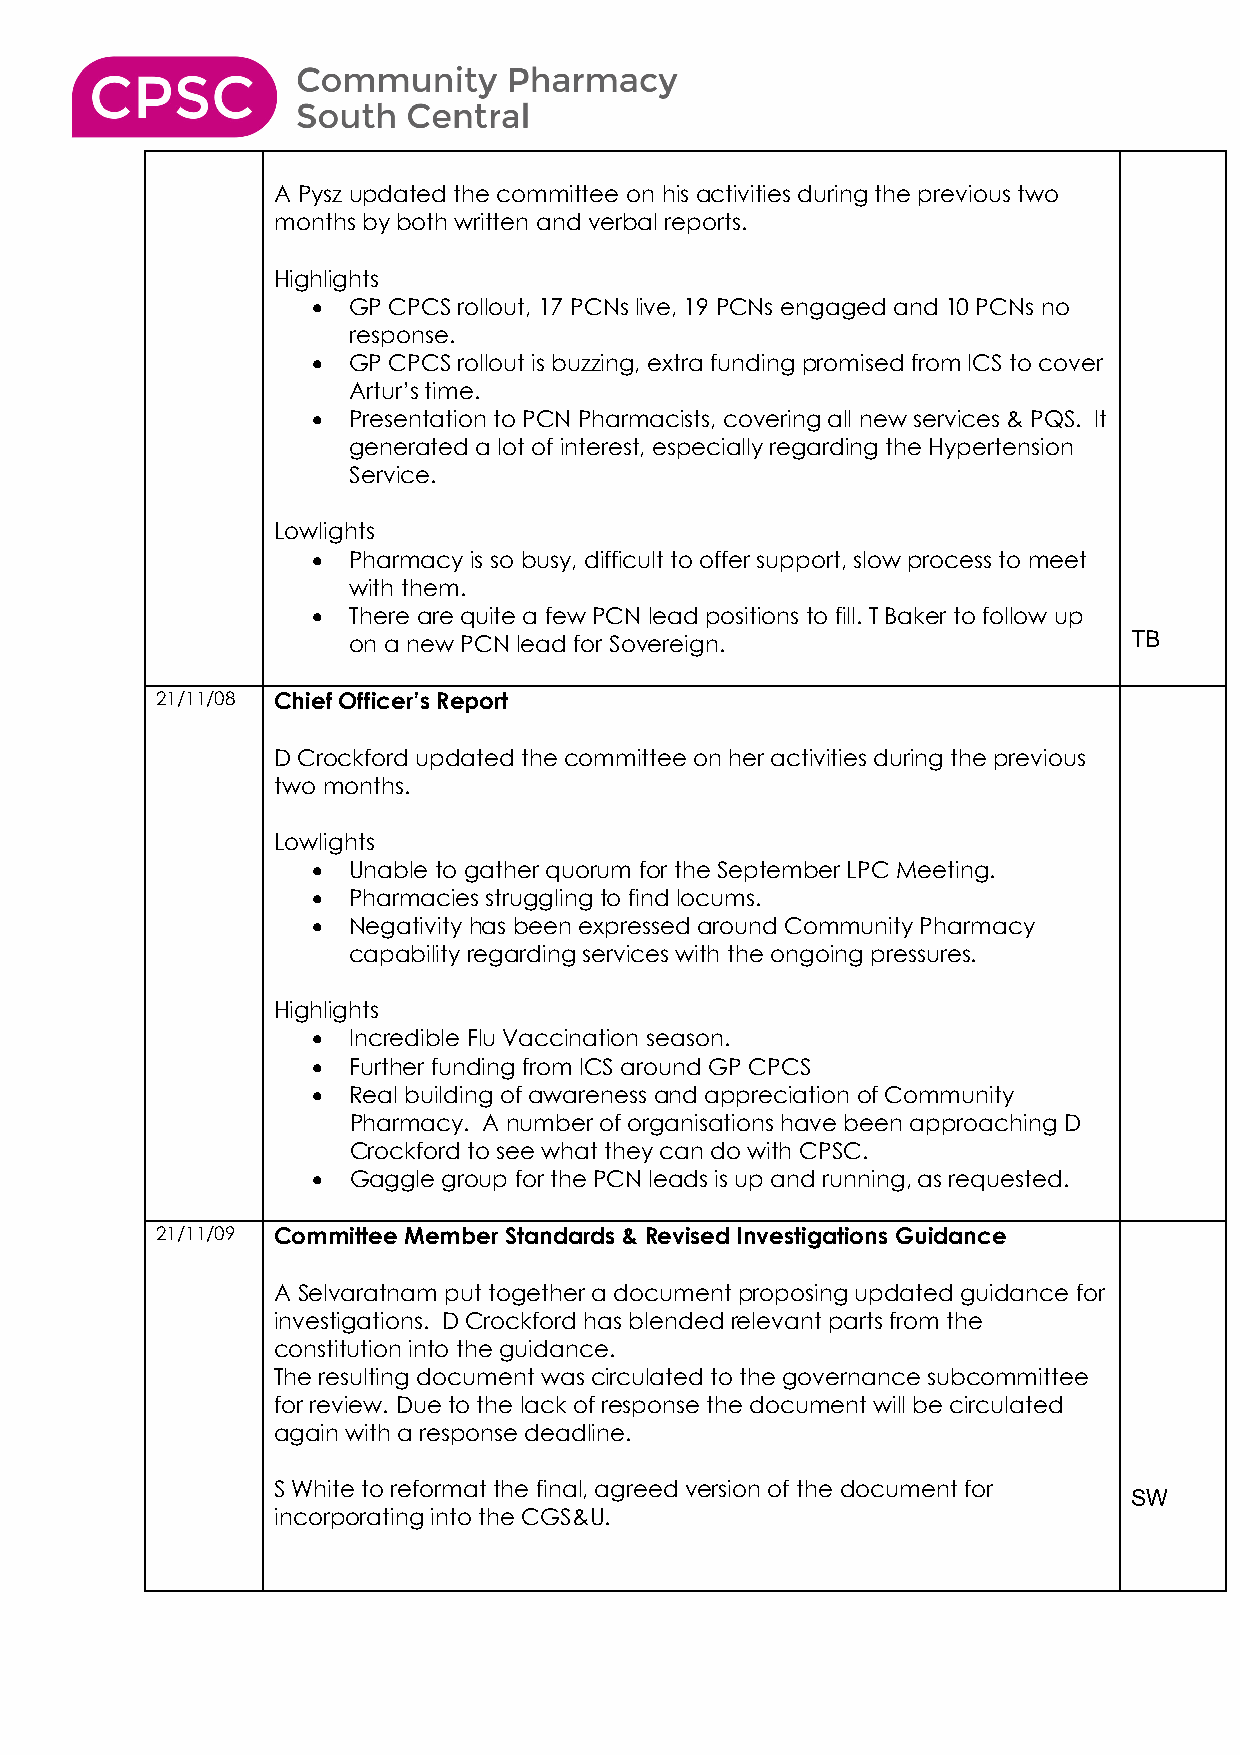
A Pysz updated the committee on his activities during the previous two
 months by both written and verbal reports.
 Highlights
 • GP CPCS rollout, 17 PCNs live, 19 PCNs engaged and 10 PCNs no
 response.
 • GP CPCS rollout is buzzing, extra funding promised from ICS to cover
 Artur’s time.
 • Presentation to PCN Pharmacists, covering all new services & PQS. It
 generated a lot of interest, especially regarding the Hypertension
 Service.
 Lowlights
 • Pharmacy is so busy, difficult to offer support, slow process to meet
 with them.
 • There are quite a few PCN lead positions to fill. T Baker to follow up
 on a new PCN lead for Sovereign.                    TB
 21/11/08 Chief Officer’s Report
 D Crockford updated the committee on her activities during the previous
 two months.
 Lowlights
 • Unable to gather quorum for the September LPC Meeting.
 • Pharmacies struggling to find locums.
 • Negativity has been expressed around Community Pharmacy
 capability regarding services with the ongoing pressures.
 Highlights
 • Incredible Flu Vaccination season.
 • Further funding from ICS around GP CPCS
 • Real building of awareness and appreciation of Community
 Pharmacy. A number of organisations have been approaching D
 Crockford to see what they can do with CPSC.
 • Gaggle group for the PCN leads is up and running, as requested.
 21/11/09 Committee Member Standards & Revised Investigations Guidance
 A Selvaratnam put together a document proposing updated guidance for
 investigations. D Crockford has blended relevant parts from the
 constitution into the guidance.
 The resulting document was circulated to the governance subcommittee
 for review. Due to the lack of response the document will be circulated
 again with a response deadline.
 S White to reformat the final, agreed version of the document for
 SW
 incorporating into the CGS&U.